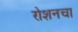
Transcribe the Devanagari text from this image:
रोशनचा